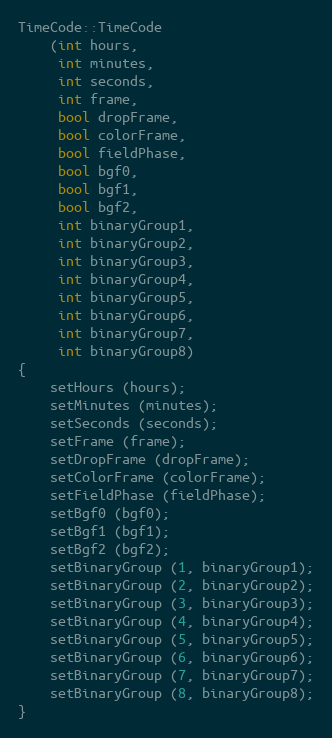
Language: C++
TimeCode::TimeCode
    (int hours,
     int minutes,
     int seconds,
     int frame,
     bool dropFrame,
     bool colorFrame,
     bool fieldPhase,
     bool bgf0,
     bool bgf1,
     bool bgf2,
     int binaryGroup1,
     int binaryGroup2,
     int binaryGroup3,
     int binaryGroup4,
     int binaryGroup5,
     int binaryGroup6,
     int binaryGroup7,
     int binaryGroup8)
{
    setHours (hours);
    setMinutes (minutes);
    setSeconds (seconds);
    setFrame (frame);
    setDropFrame (dropFrame);
    setColorFrame (colorFrame);
    setFieldPhase (fieldPhase);
    setBgf0 (bgf0);
    setBgf1 (bgf1);
    setBgf2 (bgf2);
    setBinaryGroup (1, binaryGroup1);
    setBinaryGroup (2, binaryGroup2);
    setBinaryGroup (3, binaryGroup3);
    setBinaryGroup (4, binaryGroup4);
    setBinaryGroup (5, binaryGroup5);
    setBinaryGroup (6, binaryGroup6);
    setBinaryGroup (7, binaryGroup7);
    setBinaryGroup (8, binaryGroup8);
}